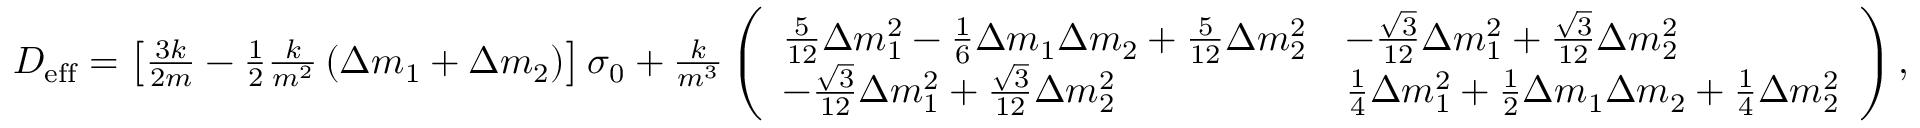
\begin{array} { r } { D _ { \mathrm { e f f } } = \left[ \frac { 3 k } { 2 m } - \frac { 1 } { 2 } \frac { k } { m ^ { 2 } } \left( \Delta m _ { 1 } + \Delta m _ { 2 } \right) \right] \sigma _ { 0 } + \frac { k } { m ^ { 3 } } \left( \begin{array} { l l } { \frac { 5 } { 1 2 } \Delta m _ { 1 } ^ { 2 } - \frac { 1 } { 6 } \Delta m _ { 1 } \Delta m _ { 2 } + \frac { 5 } { 1 2 } \Delta m _ { 2 } ^ { 2 } } & { - \frac { \sqrt { 3 } } { 1 2 } \Delta m _ { 1 } ^ { 2 } + \frac { \sqrt { 3 } } { 1 2 } \Delta m _ { 2 } ^ { 2 } } \\ { - \frac { \sqrt { 3 } } { 1 2 } \Delta m _ { 1 } ^ { 2 } + \frac { \sqrt { 3 } } { 1 2 } \Delta m _ { 2 } ^ { 2 } } & { \frac { 1 } { 4 } \Delta m _ { 1 } ^ { 2 } + \frac { 1 } { 2 } \Delta m _ { 1 } \Delta m _ { 2 } + \frac { 1 } { 4 } \Delta m _ { 2 } ^ { 2 } } \end{array} \right) , } \end{array}